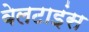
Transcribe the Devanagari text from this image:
वेलटाइंस